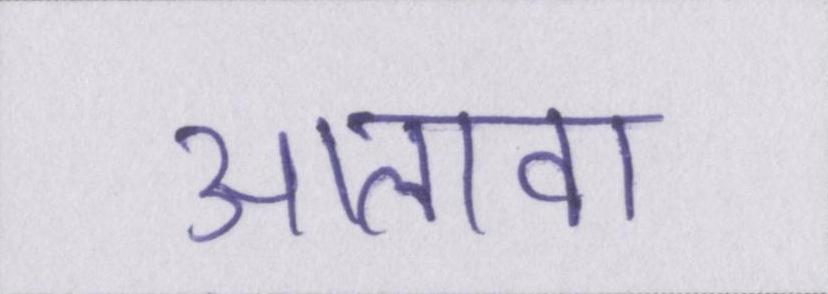
आलावा